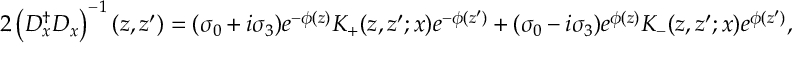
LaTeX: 2 \left( D _ { x } ^ { \dagger } D _ { x } \right) ^ { - 1 } ( z , z ^ { \prime } ) = ( \sigma _ { 0 } + i \sigma _ { 3 } ) e ^ { - \phi ( z ) } K _ { + } ( z , z ^ { \prime } ; x ) e ^ { - \phi ( z ^ { \prime } ) } + ( \sigma _ { 0 } - i \sigma _ { 3 } ) e ^ { \phi ( z ) } K _ { - } ( z , z ^ { \prime } ; x ) e ^ { \phi ( z ^ { \prime } ) } ,